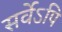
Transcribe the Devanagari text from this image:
सर्वेऽपि